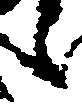
之